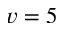
v = 5